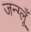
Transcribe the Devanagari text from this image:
जन्ग्लूँ